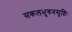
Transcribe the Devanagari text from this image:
सकलभुवनसृष्टिः